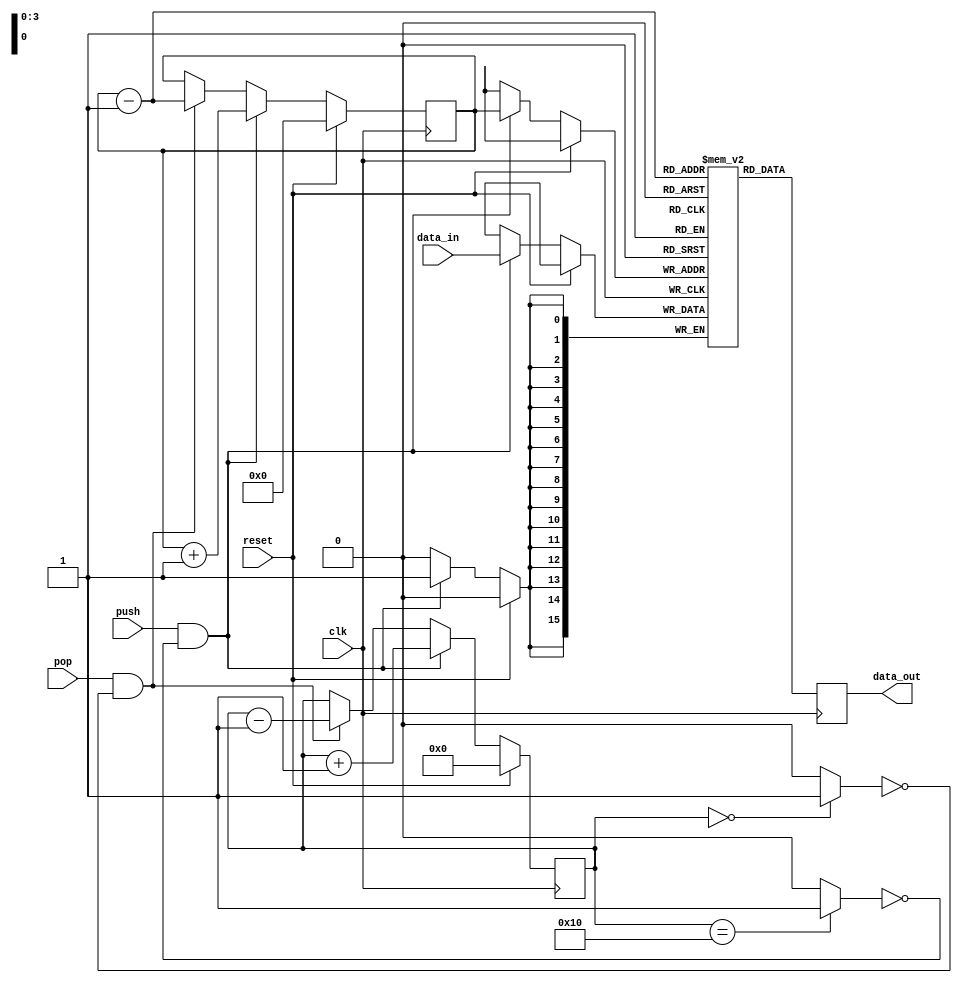
module lifo(clk, reset, push, pop, data_in, data_out);

	/*********************/
	/* Module parameters */
	/*********************/
	parameter BUS_WIDTH = 16;
	parameter STACK_SIZE = 16;
	
	/*************************/
	/* Declaring input ports */
	/*************************/	
	input clk;
	input push;
	input pop;
	input reset;
	input [BUS_WIDTH-1:0] data_in;
	
	/*************************/
	/* Declaring output ports*/
	/*************************/	
	output [BUS_WIDTH-1:0] data_out;
	
	
	/*************************/
	/* Declaring data types  */
	/*************************/
	wire 	[BUS_WIDTH-1:0] data_in;
	reg 	[BUS_WIDTH-1:0] data_out;
	
	reg [$clog2(STACK_SIZE)-1:0]	stackPointer;
	reg [$clog2(STACK_SIZE):0]		dataCounter;
	reg [BUS_WIDTH-1:0] 				dirs[0:STACK_SIZE-1];		//Create array of data.
	
	wire fifoFull;
	wire fifoEmpty;
	wire validWrite;
	wire validRead;
	
	assign fifoFull 	= (dataCounter==STACK_SIZE) ? 1'b1: 1'b0;
	assign fifoEmpty 	= (dataCounter==0) ? 1'b1: 1'b0;
	assign validWrite = push & !fifoFull;
	assign validRead	= pop	 & !fifoEmpty;
	
	
	always @(negedge clk)
	begin
		if (reset)
		begin
			dataCounter = 0;
			stackPointer = 0;
		end
		else if(validWrite)
		begin
			dataCounter = dataCounter + 1'b1;
			dirs[stackPointer] <= data_in;
			stackPointer = stackPointer + 1'b1;
		end
		else if(validRead)
		begin
			dataCounter <= dataCounter - 1'b1;
			stackPointer = stackPointer - 1'b1;
		end	
	end
	
	always @(posedge clk)
	begin
		data_out <= dirs[stackPointer-1'b1];
	end
	

endmodule